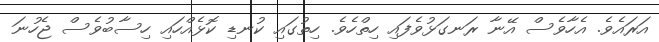
އަރައެވެ. އެހާވެސް އޭނާ ރަނގަޅުވެފައި ހިތްހެވެ. ހިތުގައި ކުނޑި ކޮޅެއްހައި ހިސާބުވެސް ޖެހުނަ